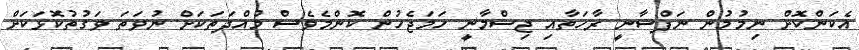
އެކަންކޮށް ނިމުމުން ނަފްސާނީ ރާހަތާއި ޖިސްމާނީ ހަމަޖެހުން ކޮންމެވެސް މުއްދަތަކަށް ނުވަތަ ވަގުތުކޮޅަކަށް